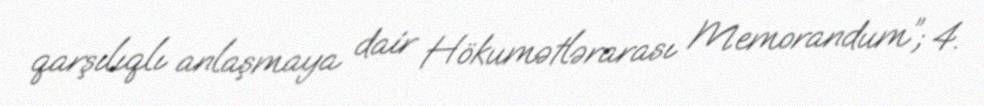
qarşılıqlı anlaşmaya dair Hökumətlərarası Memorandum”; 4.